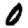
Digit: 0